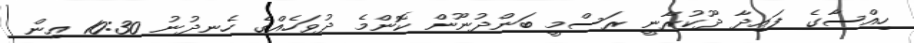
ހިއްސާގެ ފައިދާ ދޫކުރާނީ ރަސްމީ ބަންދުނޫން ކޮންމެ ދުވަހެއްގެ ހެނދުނު 10:30 އިން